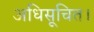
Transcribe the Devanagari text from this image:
अधिसूचित।